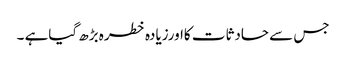
جس سے حادثات کااورزیادہ خطرہ بڑھ گیاہے ۔